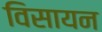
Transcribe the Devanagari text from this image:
विसायन